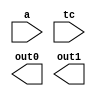
////////////////////////////////////////////////////////////////////////////////
//
//       This confidential and proprietary software may be used only
//     as authorized by a licensing agreement from Synopsys Inc.
//     In the event of publication, the following notice is applicable:
//
//                    (C) COPYRIGHT 1999 - 2016 SYNOPSYS INC.
//                           ALL RIGHTS RESERVED
//
//       The entire notice above must be reproduced on all authorized
//     copies.
//
//
// VERSION:   Verilog Simulation Architecture
//
// DesignWare_version: 7ec6c516
// DesignWare_release: K-2015.06-DWBB_201506.5.2
//
////////////////////////////////////////////////////////////////////////////////
//-----------------------------------------------------------------------------------
//
// ABSTRACT:  Integer Squarer, parital products
//
//    **** >>>>  NOTE:	This model is architecturally different
//			from the 'wall' implementation of DW_squarep
//			but will generate exactly the same result
//			once the two partial product outputs are
//			added together
//
// MODIFIED:
// RPH                 10/16/2002
//                     Added parameter Chceking and added DC directives
//
//------------------------------------------------------------------------------
//

`ifdef VCS
`include "vcs/DW_squarep.v"
`else

module DW_squarep(a, tc, out0, out1);

   parameter width = 8;
   parameter verif_en = 1;

   input [width-1 : 0] a;
   input 	       tc;
   output [2*width-1 : 0] out0, out1;
   
  // synopsys translate_off
  //-------------------------------------------------------------------------
  // Parameter legality check
  //-------------------------------------------------------------------------

   
 
  initial begin : parameter_check
    integer param_err_flg;

    param_err_flg = 0;
    
     
    if (width < 1) begin
      param_err_flg = 1;
      $display(
	"ERROR: %m :\n  Invalid value (%d) for parameter width (lower bound: 1)",
	width );
    end
   
    if ( param_err_flg == 1) begin
      $display(
        "%m :\n  Simulation aborted due to invalid parameter value(s)");
      $finish;
    end

  end // parameter_check 

     

   reg [2*width-1 : 0]    out0_fixed_cs, out1_fixed_cs;
   reg [width-1 : 0]      abs_a;


 //-----------------------------------------------------------------------------

     always @ (a or tc)
         begin : absval_a
            reg [width-1 : 0] a_temp;
            integer           indx;

            if ((tc & a[width-1]) === 1'b0)
               abs_a = a;

            else begin
               if ((tc & a[width-1]) === 1'b1)
                  begin
                     a_temp = ~a;

                     indx = 0;
                     while ((a_temp[indx] === 1'b1) && (indx < width))
                        begin
                           a_temp[indx] = 1'b0;
                           indx = indx + 1;
                        end

                     if (indx < width)
                        a_temp[indx] = ~a_temp[indx];

                     abs_a = a_temp;
                  end

               else
                  abs_a = {width{1'bx}};
            end
         end


   always @ (abs_a)
      begin : mult_array
         reg [2*width-1 : 0] pp_array [0 : width-1];
         reg [2*width-1 : 0] tmp_pp_sum, tmp_pp_carry;
         integer             indx, pp_count;

         if ( (^(abs_a ^ abs_a) !== 1'b0) ) begin
            out0_fixed_cs = {2*width{1'bx}};
            out1_fixed_cs = {2*width{1'bx}};
         end

         else begin
            if (width > 1)
               begin
                  for (indx=1 ; indx < width ; indx=indx+1)
                     begin
                        if (abs_a[indx] === 1'b1)
                           pp_array[indx] = {{width{1'b0}}, abs_a} << indx;
                        else
                           pp_array[indx] = {2*width{1'b0}};
                     end
               end

            if (abs_a[0] === 1'b1)
               pp_array[0] = {{width{1'b0}},abs_a};
            else
               pp_array[0] = {2*width{1'b0}};

            pp_count = width;

            while (pp_count > 2)
               begin
                  for (indx=0 ; indx < (pp_count/3) ; indx=indx+1)
                     begin
                        tmp_pp_sum = pp_array[indx*3] ^ pp_array[indx*3+1] ^
                            pp_array[indx*3+2];

                        tmp_pp_carry = pp_array[indx*3] & pp_array[indx*3+1] |
                                       pp_array[indx*3+1] & pp_array[indx*3+2] |
                                       pp_array[indx*3+2] & pp_array[indx*3];

                        pp_array[indx*2] = tmp_pp_sum;
                        pp_array[indx*2+1] = {tmp_pp_carry[width*2-2:0], 1'b0};
                     end

                  if ( (pp_count % 3) > 0 )
                     begin
                        for (indx=0 ; indx < (pp_count % 3) ; indx=indx+1)
                           pp_array[2 * (pp_count/3) + indx] =
                                  pp_array[3 * (pp_count/3) + indx];
                     end

                  pp_count = pp_count - (pp_count/3);
               end

            out0_fixed_cs = pp_array[0];

            if (pp_count == 1)
               out1_fixed_cs = {width*2{1'b0}};
            else
               out1_fixed_cs = pp_array[1];

         end
      end



   assign out1 = out1_fixed_cs;
   assign out0 = out0_fixed_cs; 
   // synopsys translate_on
endmodule
`endif